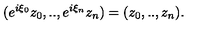
( e ^ { i \xi _ { 0 } } z _ { 0 } , . . , e ^ { i \xi _ { n } } z _ { n } ) = ( z _ { 0 } , . . , z _ { n } ) .